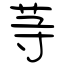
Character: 䒭